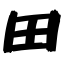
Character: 田